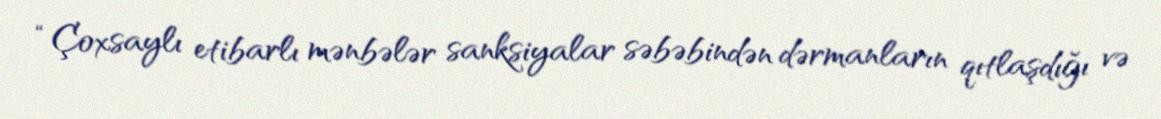
“Çoxsaylı etibarlı mənbələr sanksiyalar səbəbindən dərmanların qıtlaşdığı və